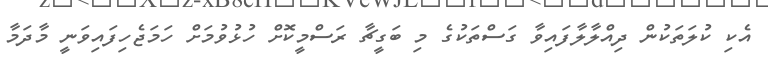
އެކި ކުލަތަކުން ދިއްލާލާފައިވާ ގަސްތަކުގެ މި ބަގީޗާ ރަސްމީކޮށް ހުޅުވުމަށް ހަމަޖެހިފައިވަނީ މާދަމާ